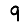
Digit: 9